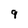
Character: 9